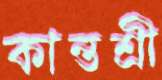
কান্তশ্রী